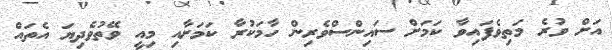
އަށް ވުރެ މަތިވެފައިވާ ކަމަށް ސައިންސްވެރިން ހާމަކުރާ ކަމަށާއި މިއީ ވޭތުވެދިޔަ އެތައް